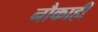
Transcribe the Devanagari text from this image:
नौकाही